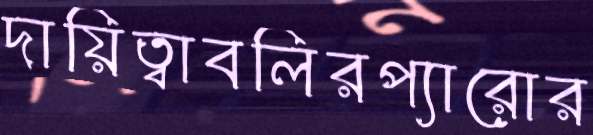
দায়িত্বাবলিরপ্যারোর